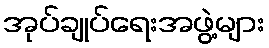
အုပ်ချုပ်ရေးအဖွဲ့များ